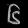
Digit: ၆